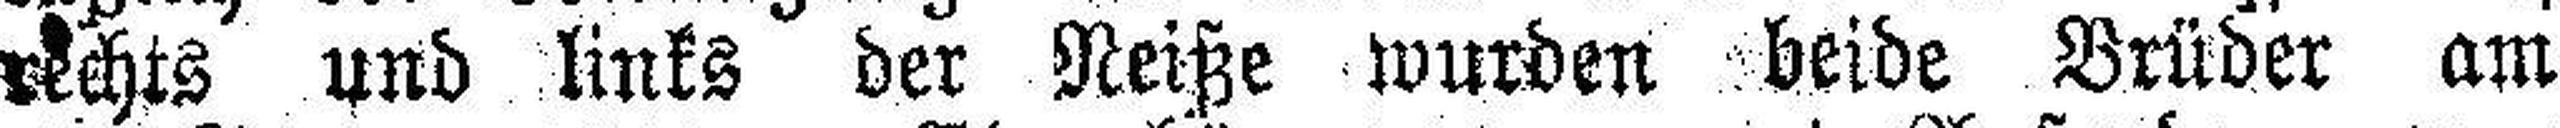
rechts und links der Neiße wurden beide Brüder am